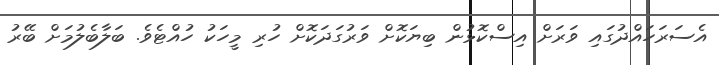
އެސަރަހައްދުގައި ވަރަށް އިސްކޮޅުން ބިޔަކޮށް ވަރުގަދަކޮށް ހުރި މީހަކު ހުއްޓެވެ. ބަލާބެލުމަށް ބޭރު